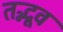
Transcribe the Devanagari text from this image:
तद्भूव